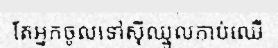
តែអ្នកចូលទៅស៊ីឈ្នួលកាប់ឈើ